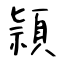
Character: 頴